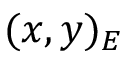
( x , y ) _ { E }